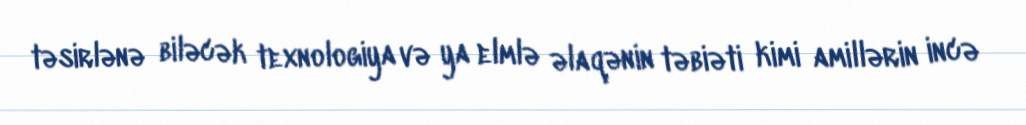
təsirlənə biləcək texnologiya və ya elmlə əlaqənin təbiəti kimi amillərin incə